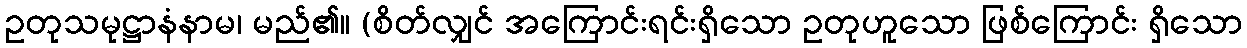
ဥတုသမုဋ္ဌာနံနာမ၊ မည်၏။ (စိတ်လျှင် အကြောင်းရင်းရှိသော ဥတုဟူသော ဖြစ်ကြောင်း ရှိသော